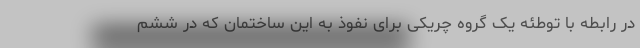
در رابطه با توطئه یک گروه چریکی برای نفوذ به این ساختمان که در ششم